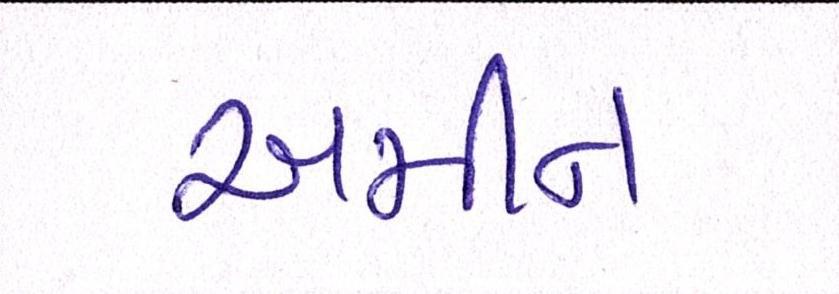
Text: અમીન